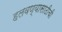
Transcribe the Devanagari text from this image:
हलवण्यासाठीची